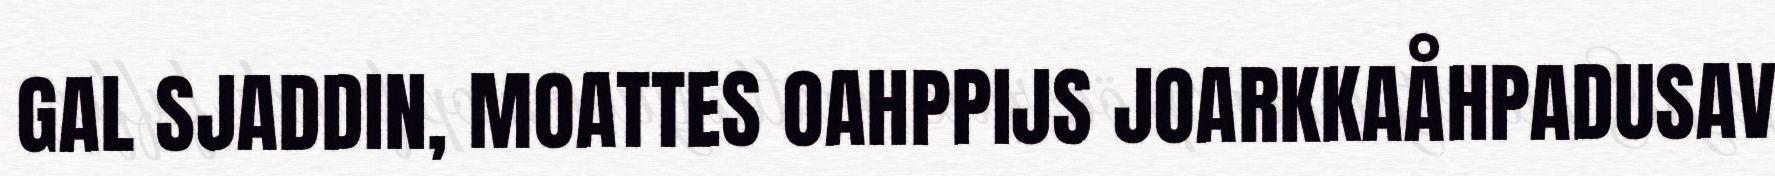
GAL SJADDIN, MOATTES OAHPPIJS JOARKKAÅHPADUSAV